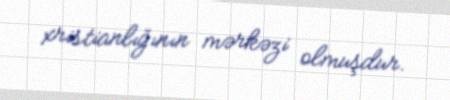
xristianlığının mərkəzi olmuşdur.